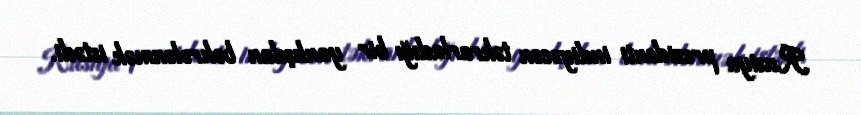
Rusiya prezidenti indiyəcən təkrarladığı bir yanlışdan bəhrələnmək istədi.